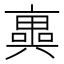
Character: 𠆑